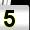
Digit: 5